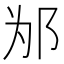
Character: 𰻦